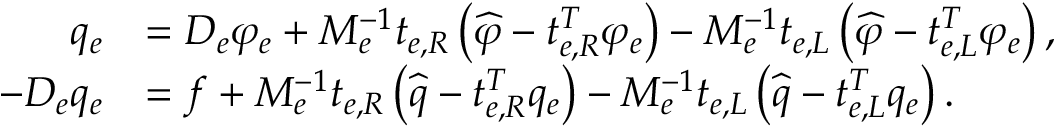
\begin{array} { r l } { q _ { e } } & { = D _ { e } \varphi _ { e } + M _ { e } ^ { - 1 } t _ { e , R } \left( \widehat { \varphi } - t _ { e , R } ^ { T } \varphi _ { e } \right) - M _ { e } ^ { - 1 } t _ { e , L } \left( \widehat { \varphi } - t _ { e , L } ^ { T } \varphi _ { e } \right) , } \\ { - D _ { e } q _ { e } } & { = f + M _ { e } ^ { - 1 } t _ { e , R } \left( \widehat { q } - t _ { e , R } ^ { T } q _ { e } \right) - M _ { e } ^ { - 1 } t _ { e , L } \left( \widehat { q } - t _ { e , L } ^ { T } q _ { e } \right) . } \end{array}